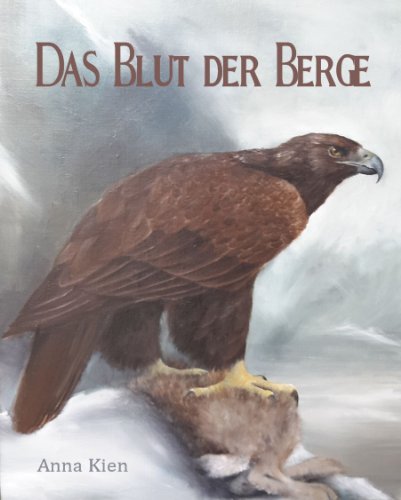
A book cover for Das Blut der Berge (Die Steinzeit-Trilogie 2) (German Edition); Anna Kien; Teen & Young Adult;